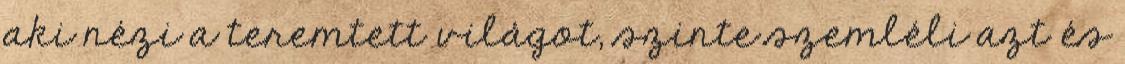
aki nézi a teremtett világot, szinte szemléli azt és